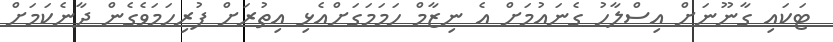
ޓަކައި ގާނޫނަށް އިސްލާހު ގެނައުމަށް އެ ނިޒާމް ހަމަމަގަށްއެޅި އިތުރަށް ފުރިހަމަވެގެން ދާނެކަމަށް